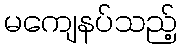
မကျေနပ်သည့်